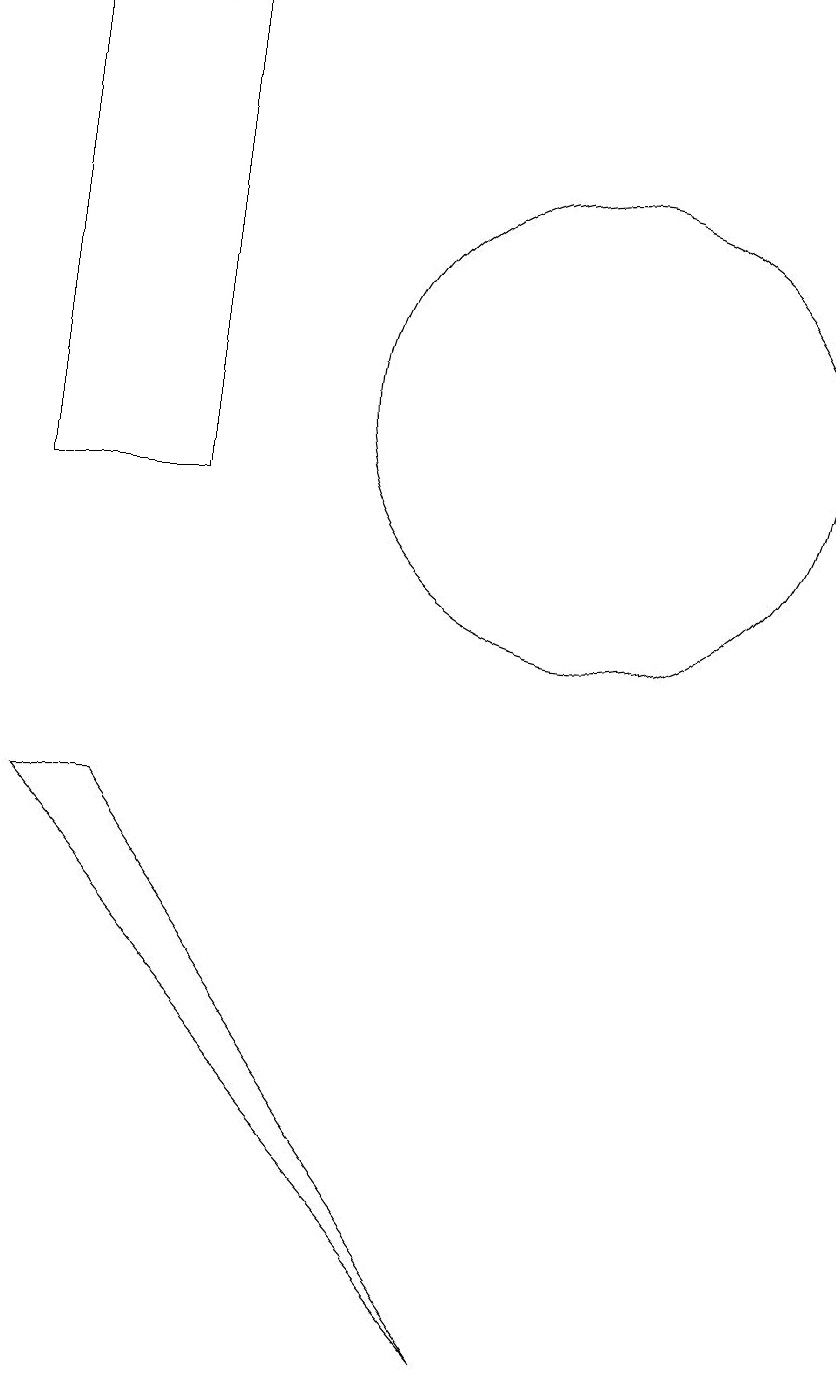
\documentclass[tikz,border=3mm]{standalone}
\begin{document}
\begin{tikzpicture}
\draw (5,17) rectangle (3,11);
\draw (4,7) -- (9,0) -- (3,7) -- cycle;
\draw (10,12) circle (3);
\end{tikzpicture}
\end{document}